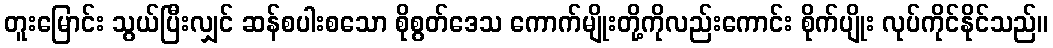
တူးမြောင်း သွယ်ပြီးလျှင် ဆန်စပါးစသော စိုစွတ်ဒေသ ကောက်မျိုးတို့ကိုလည်းကောင်း စိုက်ပျိုး လုပ်ကိုင်နိုင်သည်။